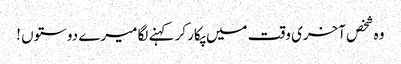
وہ شخص آخری وقت میں پکار کر کہنے لگا میرے دوستوں !